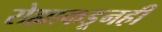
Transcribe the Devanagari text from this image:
रोह्याकडूनही